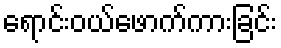
ရောင်းဝယ်ဖောက်ကားခြင်း